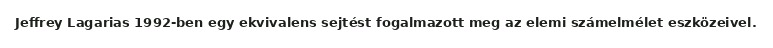
Jeffrey Lagarias 1992-ben egy ekvivalens sejtést fogalmazott meg az elemi számelmélet eszközeivel.